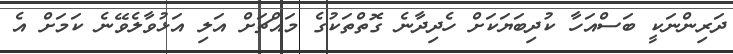
ދަރިންނަކީ ބަސްއަހާ ކުދިބަޔަކަށް ހެދިދާނެ ގޮތްތަކުގެ މައްޗަށް އަލި އަޅުވާލެވޭނެ ކަމަށް އެ